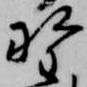
野